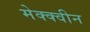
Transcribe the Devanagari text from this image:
मेक्क्वीन